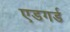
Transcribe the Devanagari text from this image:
एडगर्ड